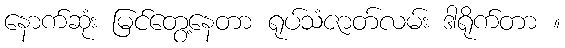
နောက်ဆုံး မြင်တွေ့နေတာ ရုပ်သံဇာတ်လမ်း ဒါရိုက်တာ ။